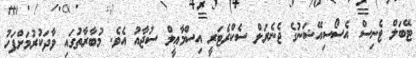
ޓޭބަލް ޓެނިސް އެސޯސިއޭޝަނުގެ ޖެނެރަލް ސެކްރެޓަރީ އިސްމާޢީލް ސުޖާއު އެވެ. މުބާރާތުގައި ވާދަކުރުމަށްފަހު